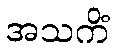
အသကိံ